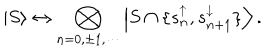
\left| S \right\rangle \leftrightarrow \bigotimes _ { n = 0 , \pm 1 , \cdots } \left| S \cap \{ s _ { n } ^ { \uparrow } , s _ { n + 1 } ^ { \downarrow } \} \right\rangle .